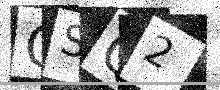
Text: QSQ2